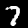
Label: 7